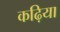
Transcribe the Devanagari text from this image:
कढ़िया